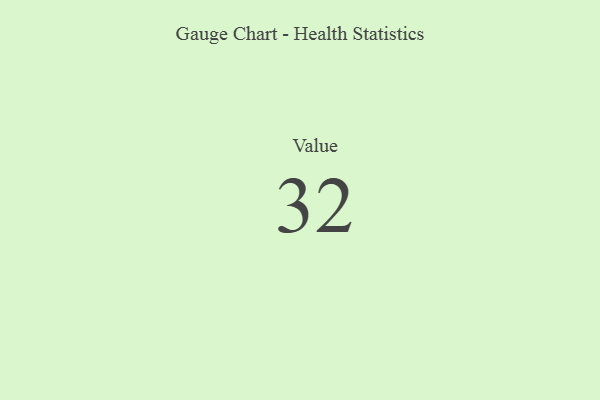
{"axis": {"x": "Metric", "y": "Value"}, "legend": [""], "data": [{"x": "Value", "y": 32, "type": ""}]}